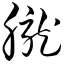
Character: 胧